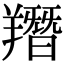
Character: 䍼